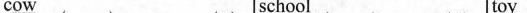
c\underline{ow} s\underline{ch}ool t\underline{oy}